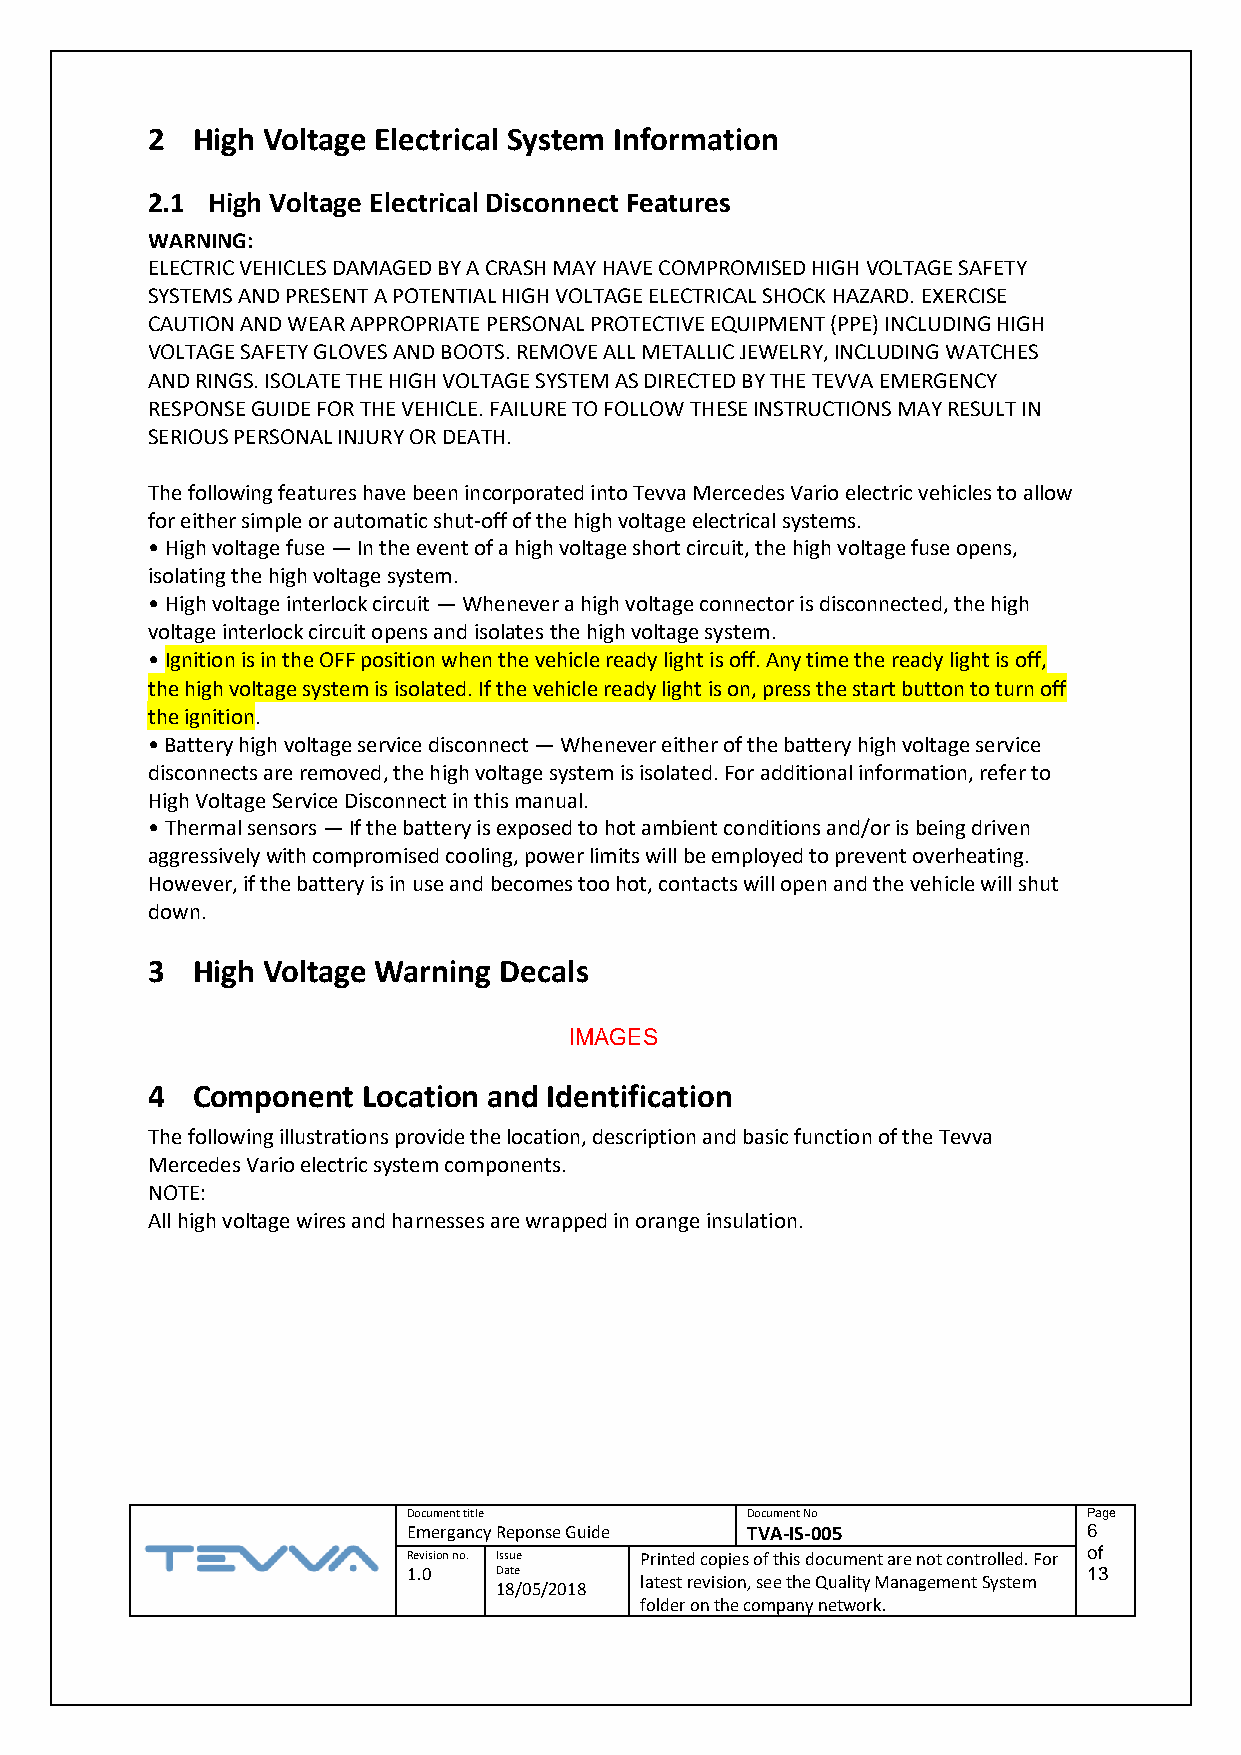
2  High Voltage Electrical System Information
 2.1 High Voltage Electrical Disconnect Features
 WARNING:
 ELECTRIC VEHICLES DAMAGED BY A CRASH MAY HAVE COMPROMISED HIGH VOLTAGE SAFETY
 SYSTEMS AND PRESENT A POTENTIAL HIGH VOLTAGE ELECTRICAL SHOCK HAZARD. EXERCISE
 CAUTION AND WEAR APPROPRIATE PERSONAL PROTECTIVE EQUIPMENT (PPE) INCLUDING HIGH
 VOLTAGE SAFETY GLOVES AND BOOTS. REMOVE ALL METALLIC JEWELRY, INCLUDING WATCHES
 AND RINGS. ISOLATE THE HIGH VOLTAGE SYSTEM AS DIRECTED BY THE TEVVA EMERGENCY
 RESPONSE GUIDE FOR THE VEHICLE. FAILURE TO FOLLOW THESE INSTRUCTIONS MAY RESULT IN
 SERIOUS PERSONAL INJURY OR DEATH.
 The following features have been incorporated into Tevva Mercedes Vario electric vehicles to allow
 for either simple or automatic shut-off of the high voltage electrical systems.
 • High voltage fuse — In the event of a high voltage short circuit, the high voltage fuse opens,
 isolating the high voltage system.
 • High voltage interlock circuit — Whenever a high voltage connector is disconnected, the high
 voltage interlock circuit opens and isolates the high voltage system.
 • Ignition is in the OFF position when the vehicle ready light is off. Any time the ready light is off,
 the high voltage system is isolated. If the vehicle ready light is on, press the start button to turn off
 the ignition.
 • Battery high voltage service disconnect — Whenever either of the battery high voltage service
 disconnects are removed, the high voltage system is isolated. For additional information, refer to
 High Voltage Service Disconnect in this manual.
 • Thermal sensors — If the battery is exposed to hot ambient conditions and/or is being driven
 aggressively with compromised cooling, power limits will be employed to prevent overheating.
 However, if the battery is in use and becomes too hot, contacts will open and the vehicle will shut
 down.
 3  High Voltage Warning Decals
 IMAGES
 4  Component  Location and Identification
 The following illustrations provide the location, description and basic function of the Tevva
 Mercedes Vario electric system components.
 NOTE:
 All high voltage wires and harnesses are wrapped in orange insulation.
 Document title        Document No            Page
 Emergancy Reponse Guide TVA-IS-005           6
 Revision no. Issue Printed copies of this document are not controlled. For of
 1.0   Date                                   13
 latest revision, see the Quality Management System
 18/05/2018
 folder on the company network.